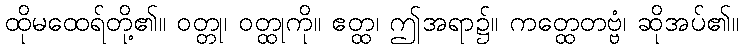
ထိုမထေရ်တို့၏။ ဝတ္တု၊ ဝတ္ထုကို။ ဧတ္ထ၊ ဤအရာ၌။ ကတ္ထေတဗ္ဗံ၊ ဆိုအပ်၏။